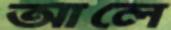
আলে